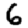
Digit: 6